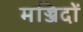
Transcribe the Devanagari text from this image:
मज्जिदों